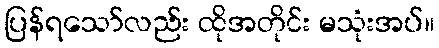
ပြန်ရသော်လည်း ထိုအတိုင်း မသုံးအပ်။